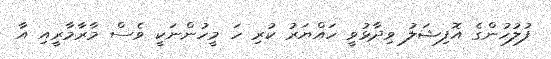
ފުލުހުންގެ އޮފިޝަލު ވިދާޅުވީ ހައްޔަރު ކުރި ހަ މީހުންނަކީ ވެސް މާރާމާރީއި އާ